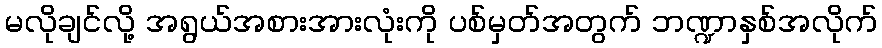
မလိုချင်လို့ အရွယ်အစားအားလုံးကို ပစ်မှတ်အတွက် ဘဏ္ဍာနှစ်အလိုက်